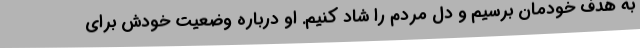
به هدف خودمان برسیم و دل مردم را شاد کنیم. او درباره وضعیت خودش برای